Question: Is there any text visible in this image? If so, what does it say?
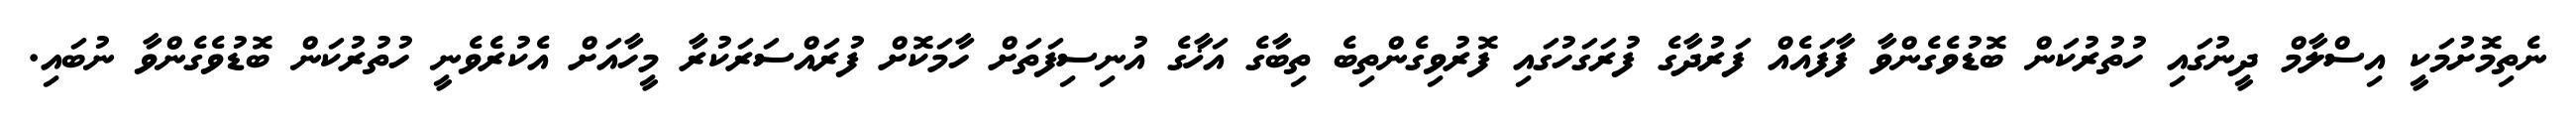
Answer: ނެތިމޮށުމަކީ އިސްލާމް ދީނުގައި ހުތުރުކަން ބޮޑުވެގެންވާ ފާފައެއް ފަރުދާގެ ފުރަގަހުގައި ފޮރުވިގެންތިބެ ތިބާގެ އަޚާގެ އުނިސިފަތަށް ހާމަކޮށް ފުރައްސަރަކުރާ މީހާއަށް އެކުރެވެނީ ހުތުރުކަން ބޮޑުވެގެންވާ ނުބައި.